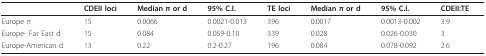
<table><thead><tr><td></td><td><b>CDEII loci</b></td><td><b>Median π or d</b></td><td><b>95% C.I.</b></td><td><b>TE loci</b></td><td><b>Median π or d</b></td><td><b>95% C.I.</b></td><td><b>CDEII:TE</b></td></tr></thead><tbody><tr><td>Europe π</td><td>15</td><td>0.0066</td><td>0.0021-0.013</td><td>396</td><td>0.0017</td><td>0.0013-0.002</td><td>3.9</td></tr><tr><td>Europe- Far East d</td><td>15</td><td>0.084</td><td>0.059-0.10</td><td>339</td><td>0.028</td><td>0.026-0.030</td><td>3</td></tr><tr><td>Europe-American d</td><td>13</td><td>0.22</td><td>0.2-0.27</td><td>196</td><td>0.084</td><td>0.078-0.092</td><td>2.6</td></tr></tbody></table>